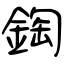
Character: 鋾